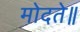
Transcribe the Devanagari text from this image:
मोदते॥